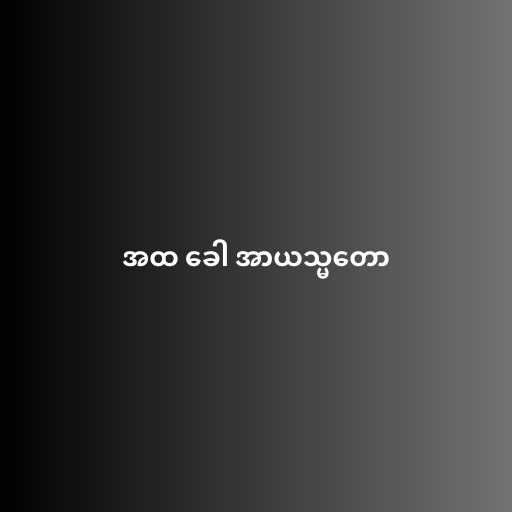
အထ ခေါ အာယသ္မတော